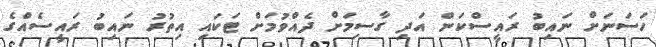
ހަސަނަށް ނައިބު ރައީސްކަން އަދި ގާސިމަށް ދެއްވުމަށް ޓަކައި އިތުރު ނައިބު ރައީސެއްގެ